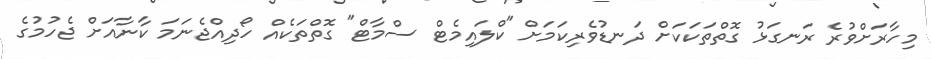
މިހާރަށްވުރެ ރަނގަޅު ގޮތްތަކަކަށް ދަނޑުވެރިކަމަށް "ކްލައިމެޓް ސްމާޓް" ގޮތްތަކެއް ހޯދިއްޖެނަމަ ކާނާއަށް ޖެހުމުގެ